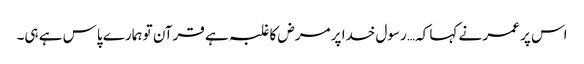
اس پر عمر نے کہا کہ… رسول خدا پر مرض کا غلبہ ہے قرآن تو ہمارے پاس ہے ہی۔